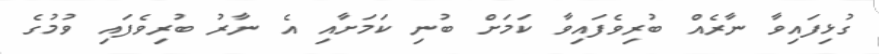
ގުޅިފައިވާ ނާރެއް ބުރިވެފައިވާ ކަމަށް ބުނި ކަމަށާއި އެ ނާރު ބުރިވެފައި ވުމުގެ